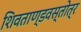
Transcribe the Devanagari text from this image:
शिवताण्डवस्तोत्र